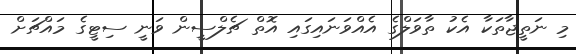
މި ނަތީޖާތަކާ އެކު ތާވަލްގެ އެއްވަނައިގައި އޮތް ޗެލްސީން ވަނީ ސިޓީގެ މައްޗަށް